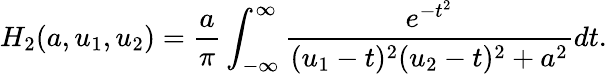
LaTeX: H_{2}(a,u_{1},u_{2})={\frac{a}{\pi}}\int_{-\infty}^{\infty}{\frac{e^{-t^{2}}}{(u_{1}-t)^{2}(u_{2}-t)^{2}+a^{2}}}dt.